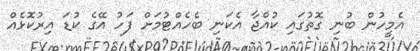
އެމީހުން ބުނި ގޮތުގައި ކުއްޖާ އެކަނި ބެހެއްޓުމަށް ފަހު އޭގެ ކުޑަ އިރުކޮޅެއް